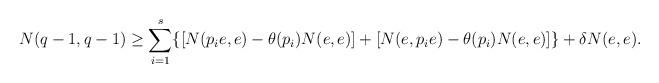
LaTeX: \begin{align*} N(q-1,q-1) \geq \sum_{i=1}^s\{[N(p_ie,e)-\theta(p_i)N(e,e)]+ [N(e,p_ie)-\theta(p_i)N(e,e)]\}+ \delta N(e,e). \end{align*}